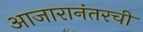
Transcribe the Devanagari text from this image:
आजारानंतरची